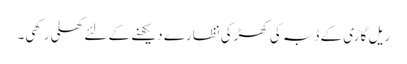
ریل گاڑی کے ڈبہ کی کھڑکی نظارے دیکھنے کے لئے کھلی رکھی۔